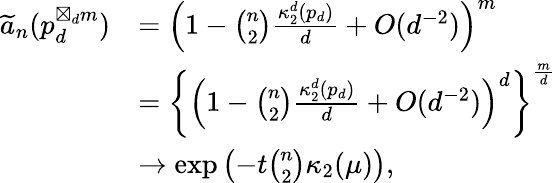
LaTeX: \begin{array}{rl}{\widetilde{a}_{n}(p_{d}^{\boxtimes_{d}m})}&{=\left(1-\binom{n}{2}\frac{\kappa_{2}^{d}(p_{d})}{d}+O(d^{-2})\right)^{m}}\\ &{=\left\{ \left(1-\binom{n}{2}\frac{\kappa_{2}^{d}(p_{d})}{d}+O(d^{-2})\right)^{d}\right\} ^{\frac{m}{d}}}\\ &{\rightarrow\exp\left(-t\binom{n}{2}\kappa_{2}(\mu)\right),}\end{array}